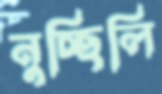
নুচ্ছিলি